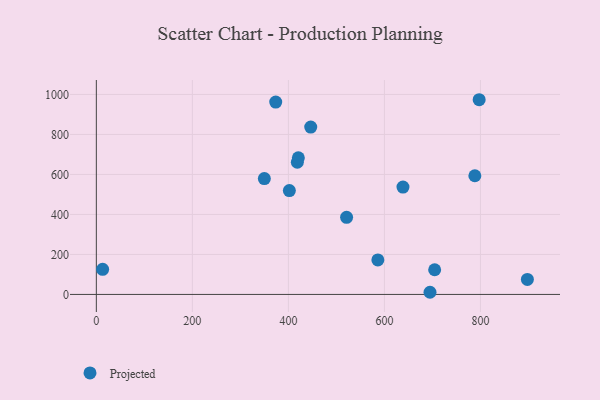
{"axis": {"x": "Engine Size", "y": "Salary"}, "legend": ["Projected"], "data": [{"x": "13.1", "y": 125.6, "type": "Projected"}, {"x": "446.5", "y": 836.8, "type": "Projected"}, {"x": "373.6", "y": 961.8, "type": "Projected"}, {"x": "694.9", "y": 10.8, "type": "Projected"}, {"x": "418.6", "y": 661.0, "type": "Projected"}, {"x": "897.7", "y": 75.1, "type": "Projected"}, {"x": "788.3", "y": 593.4, "type": "Projected"}, {"x": "797.3", "y": 973.6, "type": "Projected"}, {"x": "704.6", "y": 123.5, "type": "Projected"}, {"x": "420.7", "y": 683.3, "type": "Projected"}, {"x": "586.3", "y": 172.4, "type": "Projected"}, {"x": "521.2", "y": 385.8, "type": "Projected"}, {"x": "638.6", "y": 536.8, "type": "Projected"}, {"x": "402.0", "y": 519.4, "type": "Projected"}, {"x": "349.9", "y": 579.4, "type": "Projected"}]}